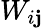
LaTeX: W_{i\mathbf{j}}